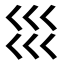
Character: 𡿭